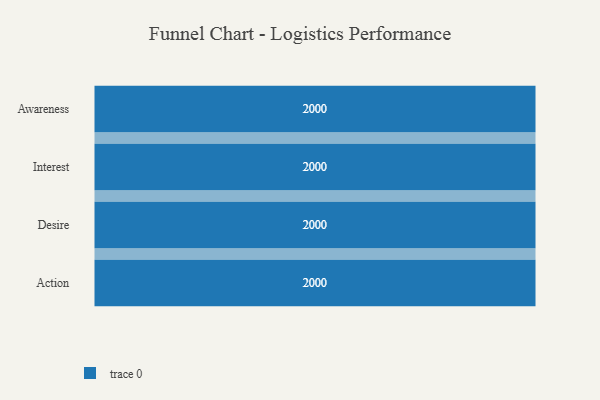
{"axis": {"x": "Stage", "y": "Value"}, "legend": [""], "data": [{"x": "Awareness", "y": 2000, "type": ""}, {"x": "Interest", "y": 2000, "type": ""}, {"x": "Desire", "y": 2000, "type": ""}, {"x": "Action", "y": 2000, "type": ""}]}